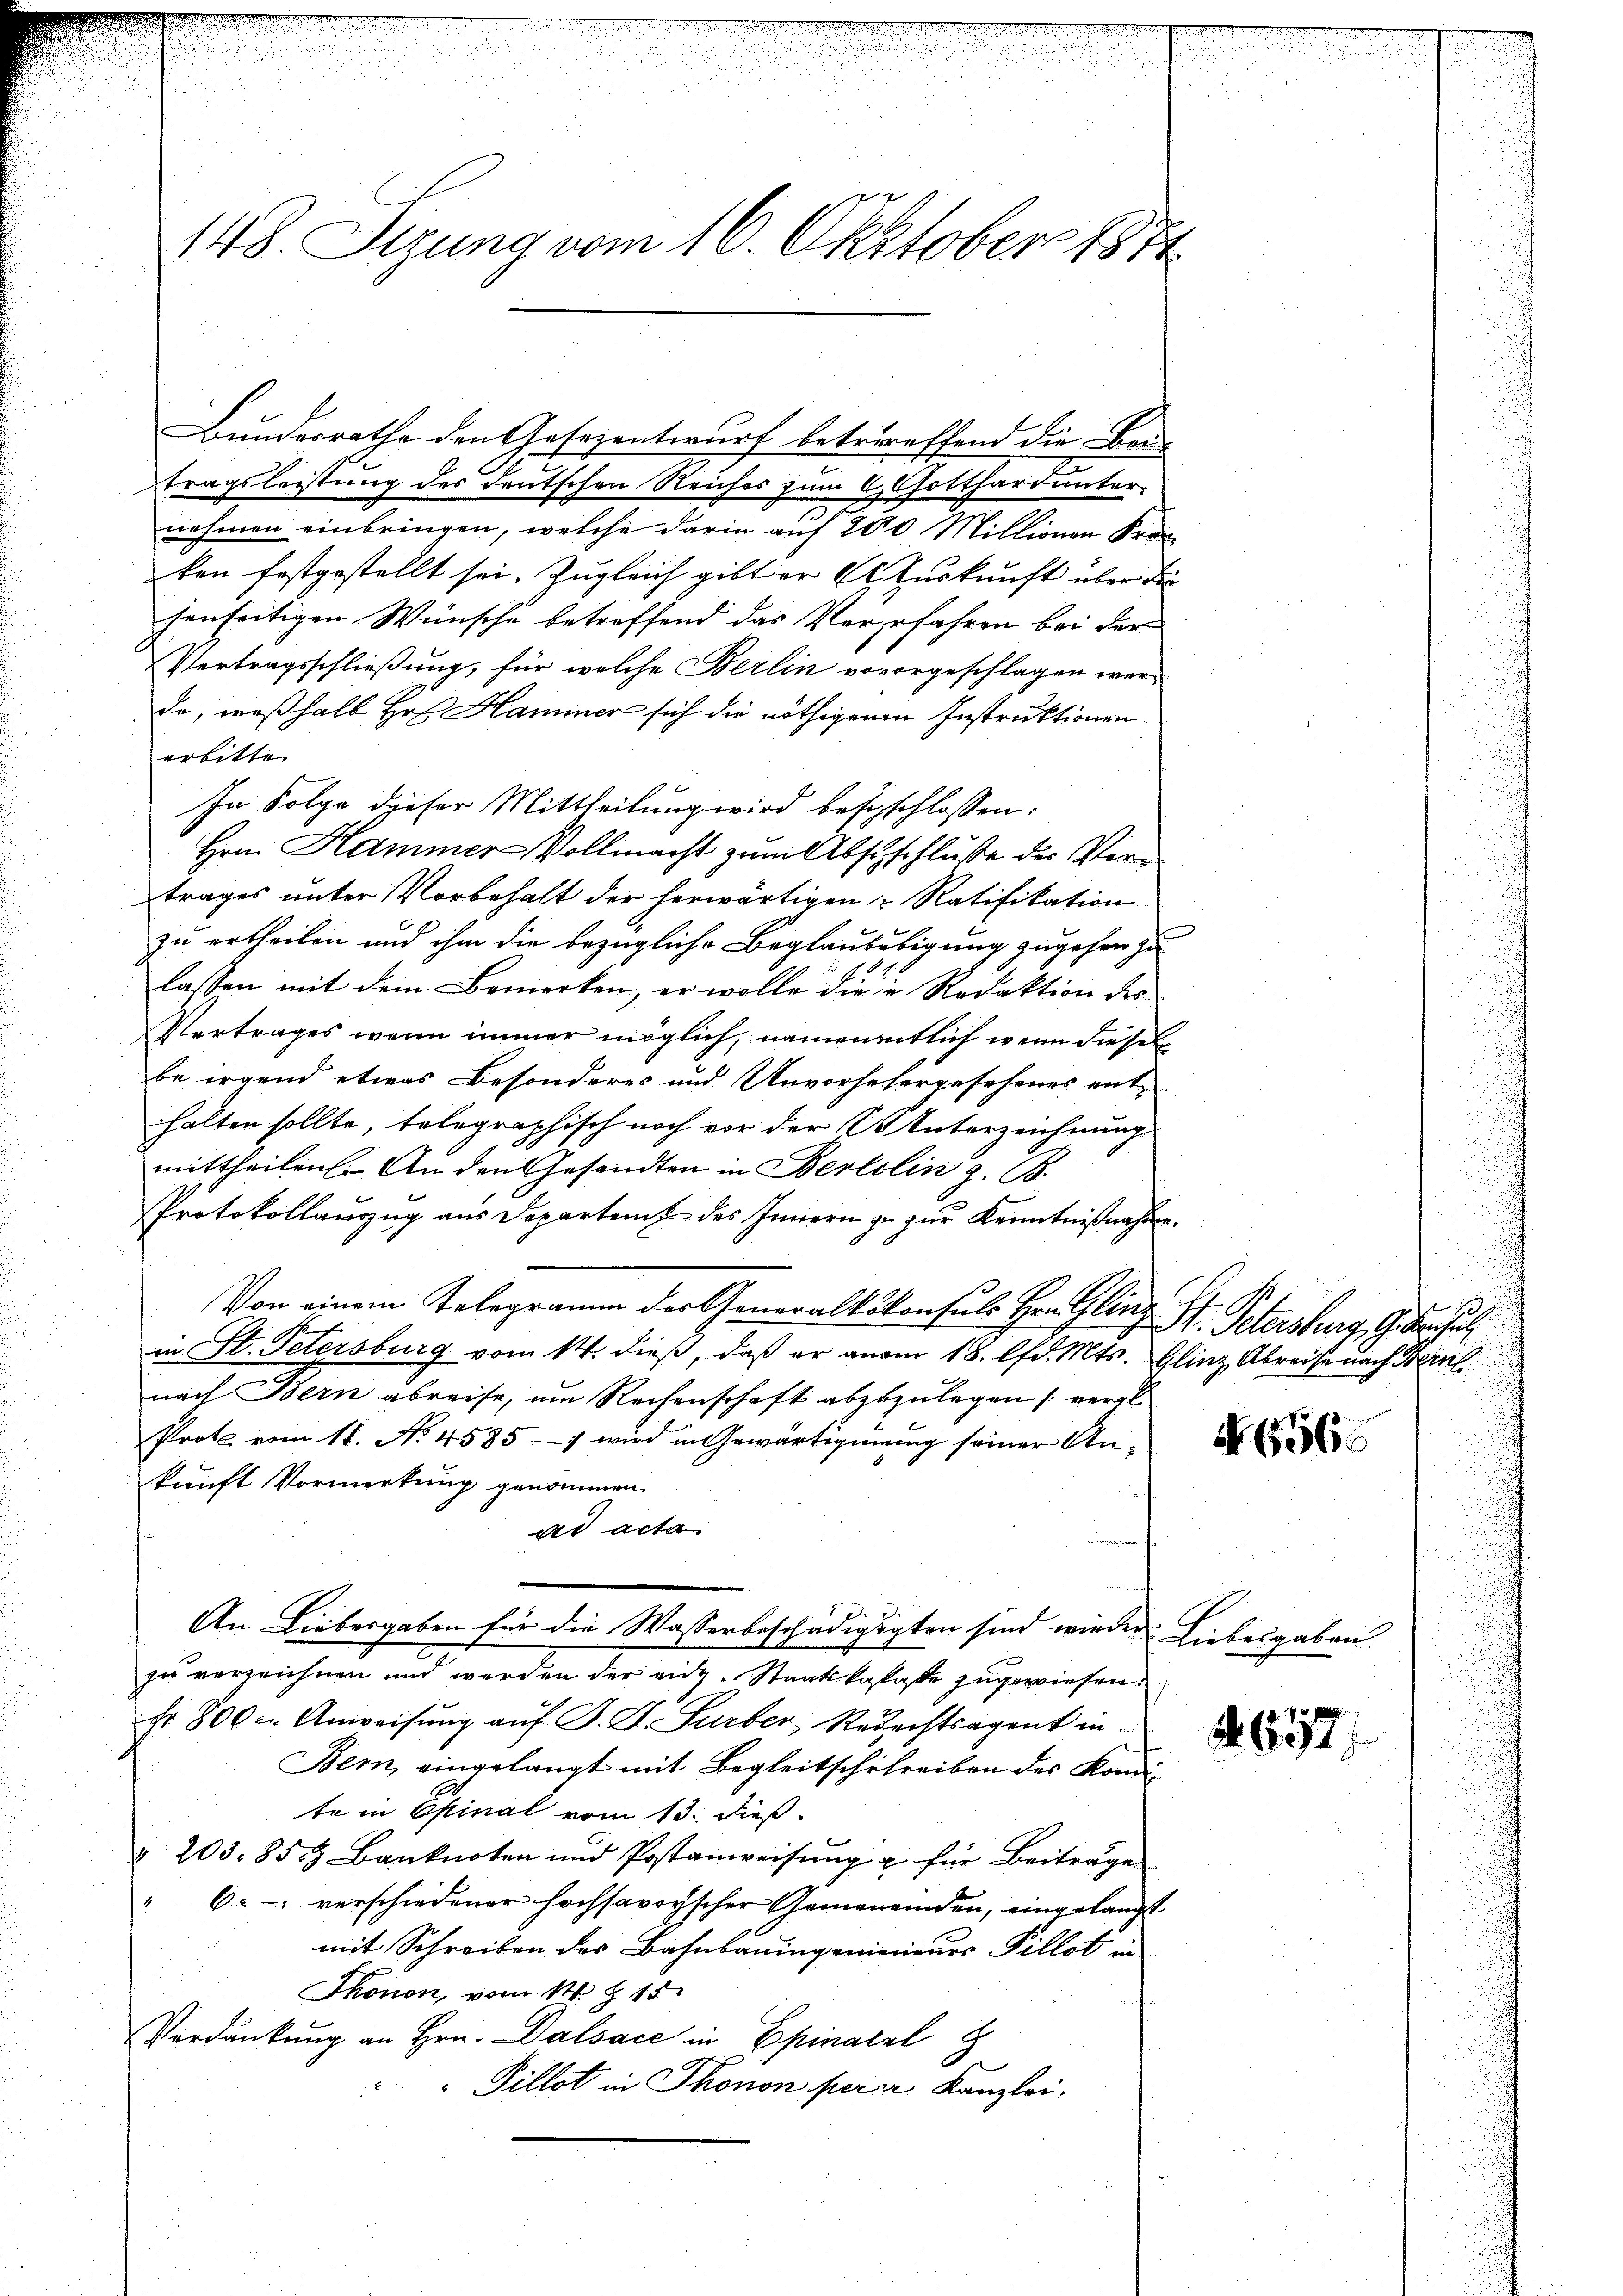
Bundesrathe den Gesezentwurf betreffend die Bar-
tragsleistung des deutschen Reiches zum O Gotthard unter
nehmen einbringen, welche darin auf 200 Millionen Kran
ken festgestellt sei. Zugleich gibt er Auskunft über die
henseitigen Wünsche betreffend das Verfahren bei der
Vertragsschließung, für welche Berlin vovorgeschlagen werde, weßhalb Hr. Hammer sich die nöthigenen Instruktionen
erbitte.
In Folge dieser Mittheilung wird beschschlossen:
Hrn. Hammer-Vollmacht zum Abstschluße der Vertrages unter Vorbehalt der herwärtigen Ratifikation
zu ertheilen und ihm die bezügliche Beglaubebigung zugehen zu
lassen mit dem Bemerken, er wolle die in Redaktion des
Vertrages wenn immer möglich, namentlich wenn diese
be irgend etwas Besonderes und Unvorsehergesehenes ent-
halten sollte, telegraphisch noch vor der Unterzeichnung
mittheilen. An den Gesandten in Berlilin z. B.
Protokollauzug aus Departent des Innern zu zur Kenntnißnahme.
Von einem Telegramm der Generaltskonsuls Hrn. Glinz St. Petersburg, Geset
in St. Petersburg vom 14. dieß, daß er an am 18. lfd. Mts. Glinz Abreise nach Bern
nach Bern abreise, um Rechenschaft abzuzulegen vergl.
Prote vom 11. No. 4585 — wird in Gewärtigung seiner Ankunft Vormerkung genommen.
ad acta
An Liebergaben für die Wasserbeschädigugten sind wieder Liebesgaben.
zu verzeichnen und werden der einz-Staatskalaße zugewiesen.
Fr 800 - Anweisung auf J. D. Turber, Reuechtsagent in
Bem, eingelangt mit Begleitschichreiben des Kondite in Epinal vom 13. dieß.
" 203. 85. Banknoten und Postanweisŭng u. für Beiträgen
" 6 - verschiedener hochsavoyischer Gemeinenden, eingelangt
mit Schreiben des Bahnbauingenienieurs Pillot in
Thonon, vom 14. Z. 15.
Verdankung an Hrn. Dalsace in Epinatel z
Pillot in Thonon perer Kanzlei.

148 Sizung vom 16. Oktober 1874.

¬

No. 656.

677.